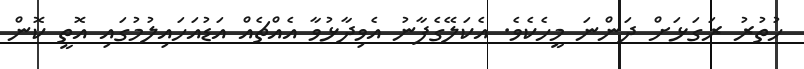
ހުތުރު ރަގަޅަށް ދަންނަ މީހެކެވެ. އެކަލޭގެފާނު އެވިދާޅުވާ އެއްޗެއް އަޑުއަހައިލުމުގައި އޮތީ ކޮން